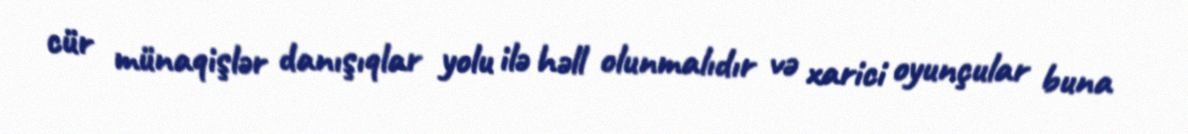
cür münaqişlər danışıqlar yolu ilə həll olunmalıdır və xarici oyunçular buna